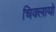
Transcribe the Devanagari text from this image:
चिक्लायो